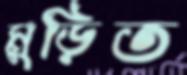
মুড়িত